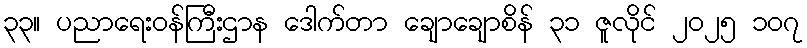
၃၃။ ပညာရေးဝန်ကြီးဌာန ဒေါက်တာ ချောချောစိန် ၃၁ ဇူလိုင် ၂၀၂၅ ၁၀၇